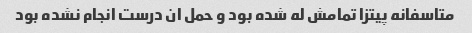
متاسفانه پیتزا تمامش له شده بود و حمل ان درست انجام نشده بود